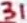
Text: 31